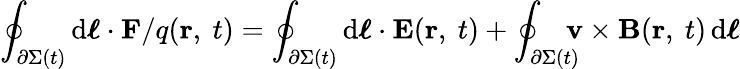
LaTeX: \oint_{\partial\Sigma(t)}\mathrm{d}{\boldsymbol{\ell}}\cdot\mathbf{F}/q(\mathbf{r},\ t)=\oint_{\partial\Sigma(t)}\mathrm{d}{\boldsymbol{\ell}}\cdot\mathbf{E}(\mathbf{r},\ t)+\oint_{\partial\Sigma(t)}\! \! \! \! \mathbf{v}\times\mathbf{B}(\mathbf{r},\ t)\, \mathrm{d}{\boldsymbol{\ell}}